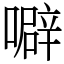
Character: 噼